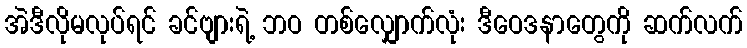
အဲဒီလိုမလုပ်ရင် ခင်ဗျားရဲ့ ဘဝ တစ်လျှောက်လုံး ဒီဝေဒနာတွေကို ဆက်လက်